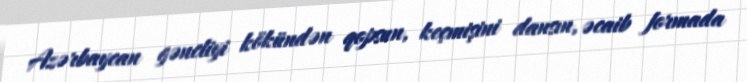
Azərbaycan gəncliyi kökündən qopsun, keçmişini dansın, əcaib formada